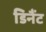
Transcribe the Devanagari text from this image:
डिनैंट